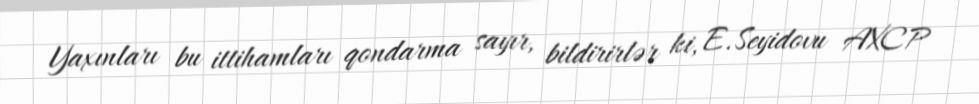
Yaxınları bu ittihamları qondarma sayır, bildirirlər ki, E.Seyidovu AXCP